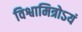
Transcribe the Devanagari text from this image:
विश्वामित्रोऽयं